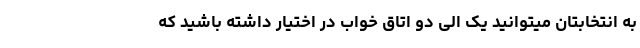
به انتخابتان میتوانید یک الی دو اتاق خواب در اختیار داشته باشید که